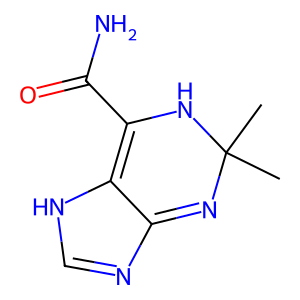
SMILES: CC1(C)N=c2nc[nH]c2=C(C(N)=O)N1
Inhibits HIV replication: No